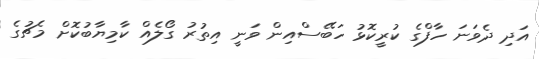
އަދި ދެވަނަ ހާފްގެ ކުރީކޮޅު ހަބޭސްއިން ވަނީ އިތުރު ގޯލެއް ކާމިޔާބުކޮށް މެޗުގެ